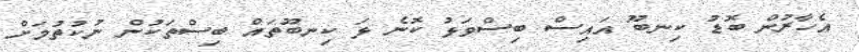
އެހާރުން ބޮޑު ކިނބޫ އައިސް ބިސްވަޅު ކޮނެ ޅަ ކިނބޫތައް ބިސްތަކުން ނުކުތުމަށް